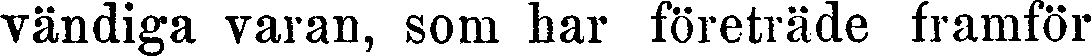
vändiga varan, som har företräde framför